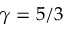
\gamma = 5 / 3